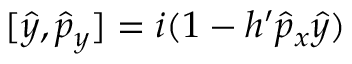
[ \hat { y } , \hat { p } _ { y } ] = i ( 1 - h ^ { \prime } \hat { p } _ { x } \hat { y } )